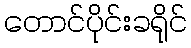
တောင်ပိုင်းခရိုင်